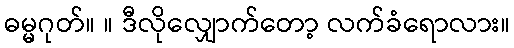
ဓမ္မဂုတ်။ ။ ဒီလိုလျှောက်တော့ လက်ခံရောလား။